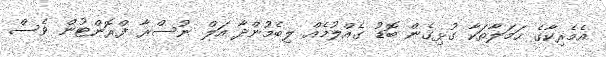
އެމެރިކާގެ ހަމަލާތަކާ ގުޅިގެން ބޮޑު ގެއްލުމެއް ލިބެމުންދާ އަލް ނުސްރާ ފްރޮންޓުން ވެސް